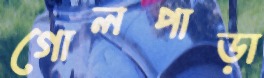
গোলপাড়া